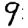
Digit: 9